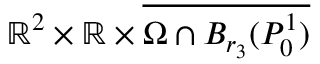
\mathbb { R } ^ { 2 } \times \mathbb { R } \times \overline { { \Omega \cap B _ { r _ { 3 } } ( P _ { 0 } ^ { 1 } ) } }